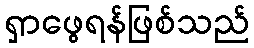
ရှာဖွေရန်ဖြစ်သည်